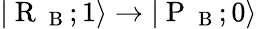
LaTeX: |\mathrm{~R~}_{\mathrm{~B~}};1\rangle\rightarrow|\mathrm{~P~}_{\mathrm{~B~}};0\rangle